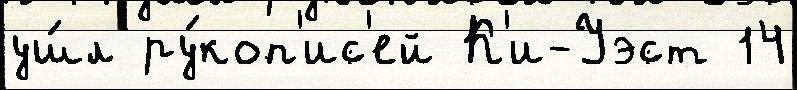
уш́л ру́коп'ис'ей К'и-Уэст 14